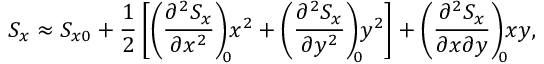
S _ { x } \approx S _ { x 0 } + \frac { 1 } { 2 } \left[ \left( \frac { \partial ^ { 2 } S _ { x } } { \partial x ^ { 2 } } \right) _ { \! \! 0 } \! \! x ^ { 2 } + \left( \frac { \partial ^ { 2 } S _ { x } } { \partial y ^ { 2 } } \right) _ { \! \! 0 } \! \! y ^ { 2 } \right] + \left( \frac { \partial ^ { 2 } S _ { x } } { \partial x \partial y } \right) _ { \! \! 0 } \! \! x y ,